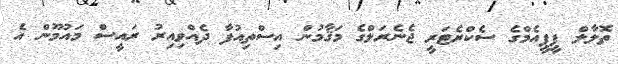
ތޮލާލް ޕީޕީއެމްގެ ސެކްރެޓަރީ ޖެނެރަލްގެ މަޤާމުން އިސްތިއުފާ ދެއްވިއިރު ރައީސް މައުމޫން އެ